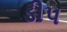
ડીપ